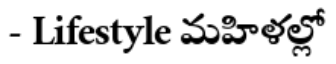
- Lifestyle మహిళల్లో